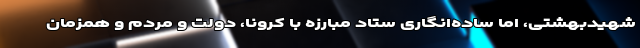
شهیدبهشتی، اما ساده‌انگاری ستاد مبارزه با کرونا، دولت و مردم و همزمان